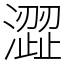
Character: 澀